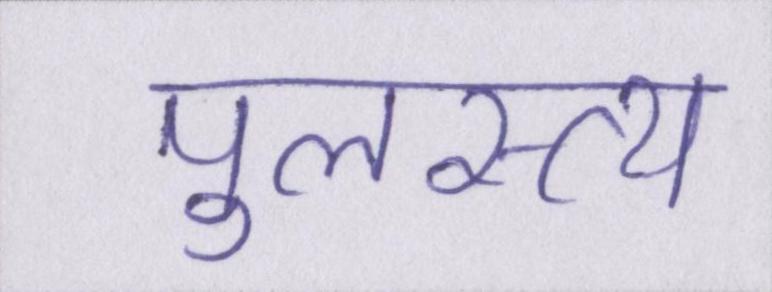
पुलस्त्य